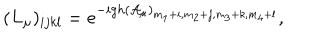
( L _ { \mu } ) _ { i j k l } = e ^ { - i g h ( { \cal A } _ { \mu } ) _ { m _ { 1 } + i , m _ { 2 } + j , m _ { 3 } + k , m _ { 4 } + l } } ,